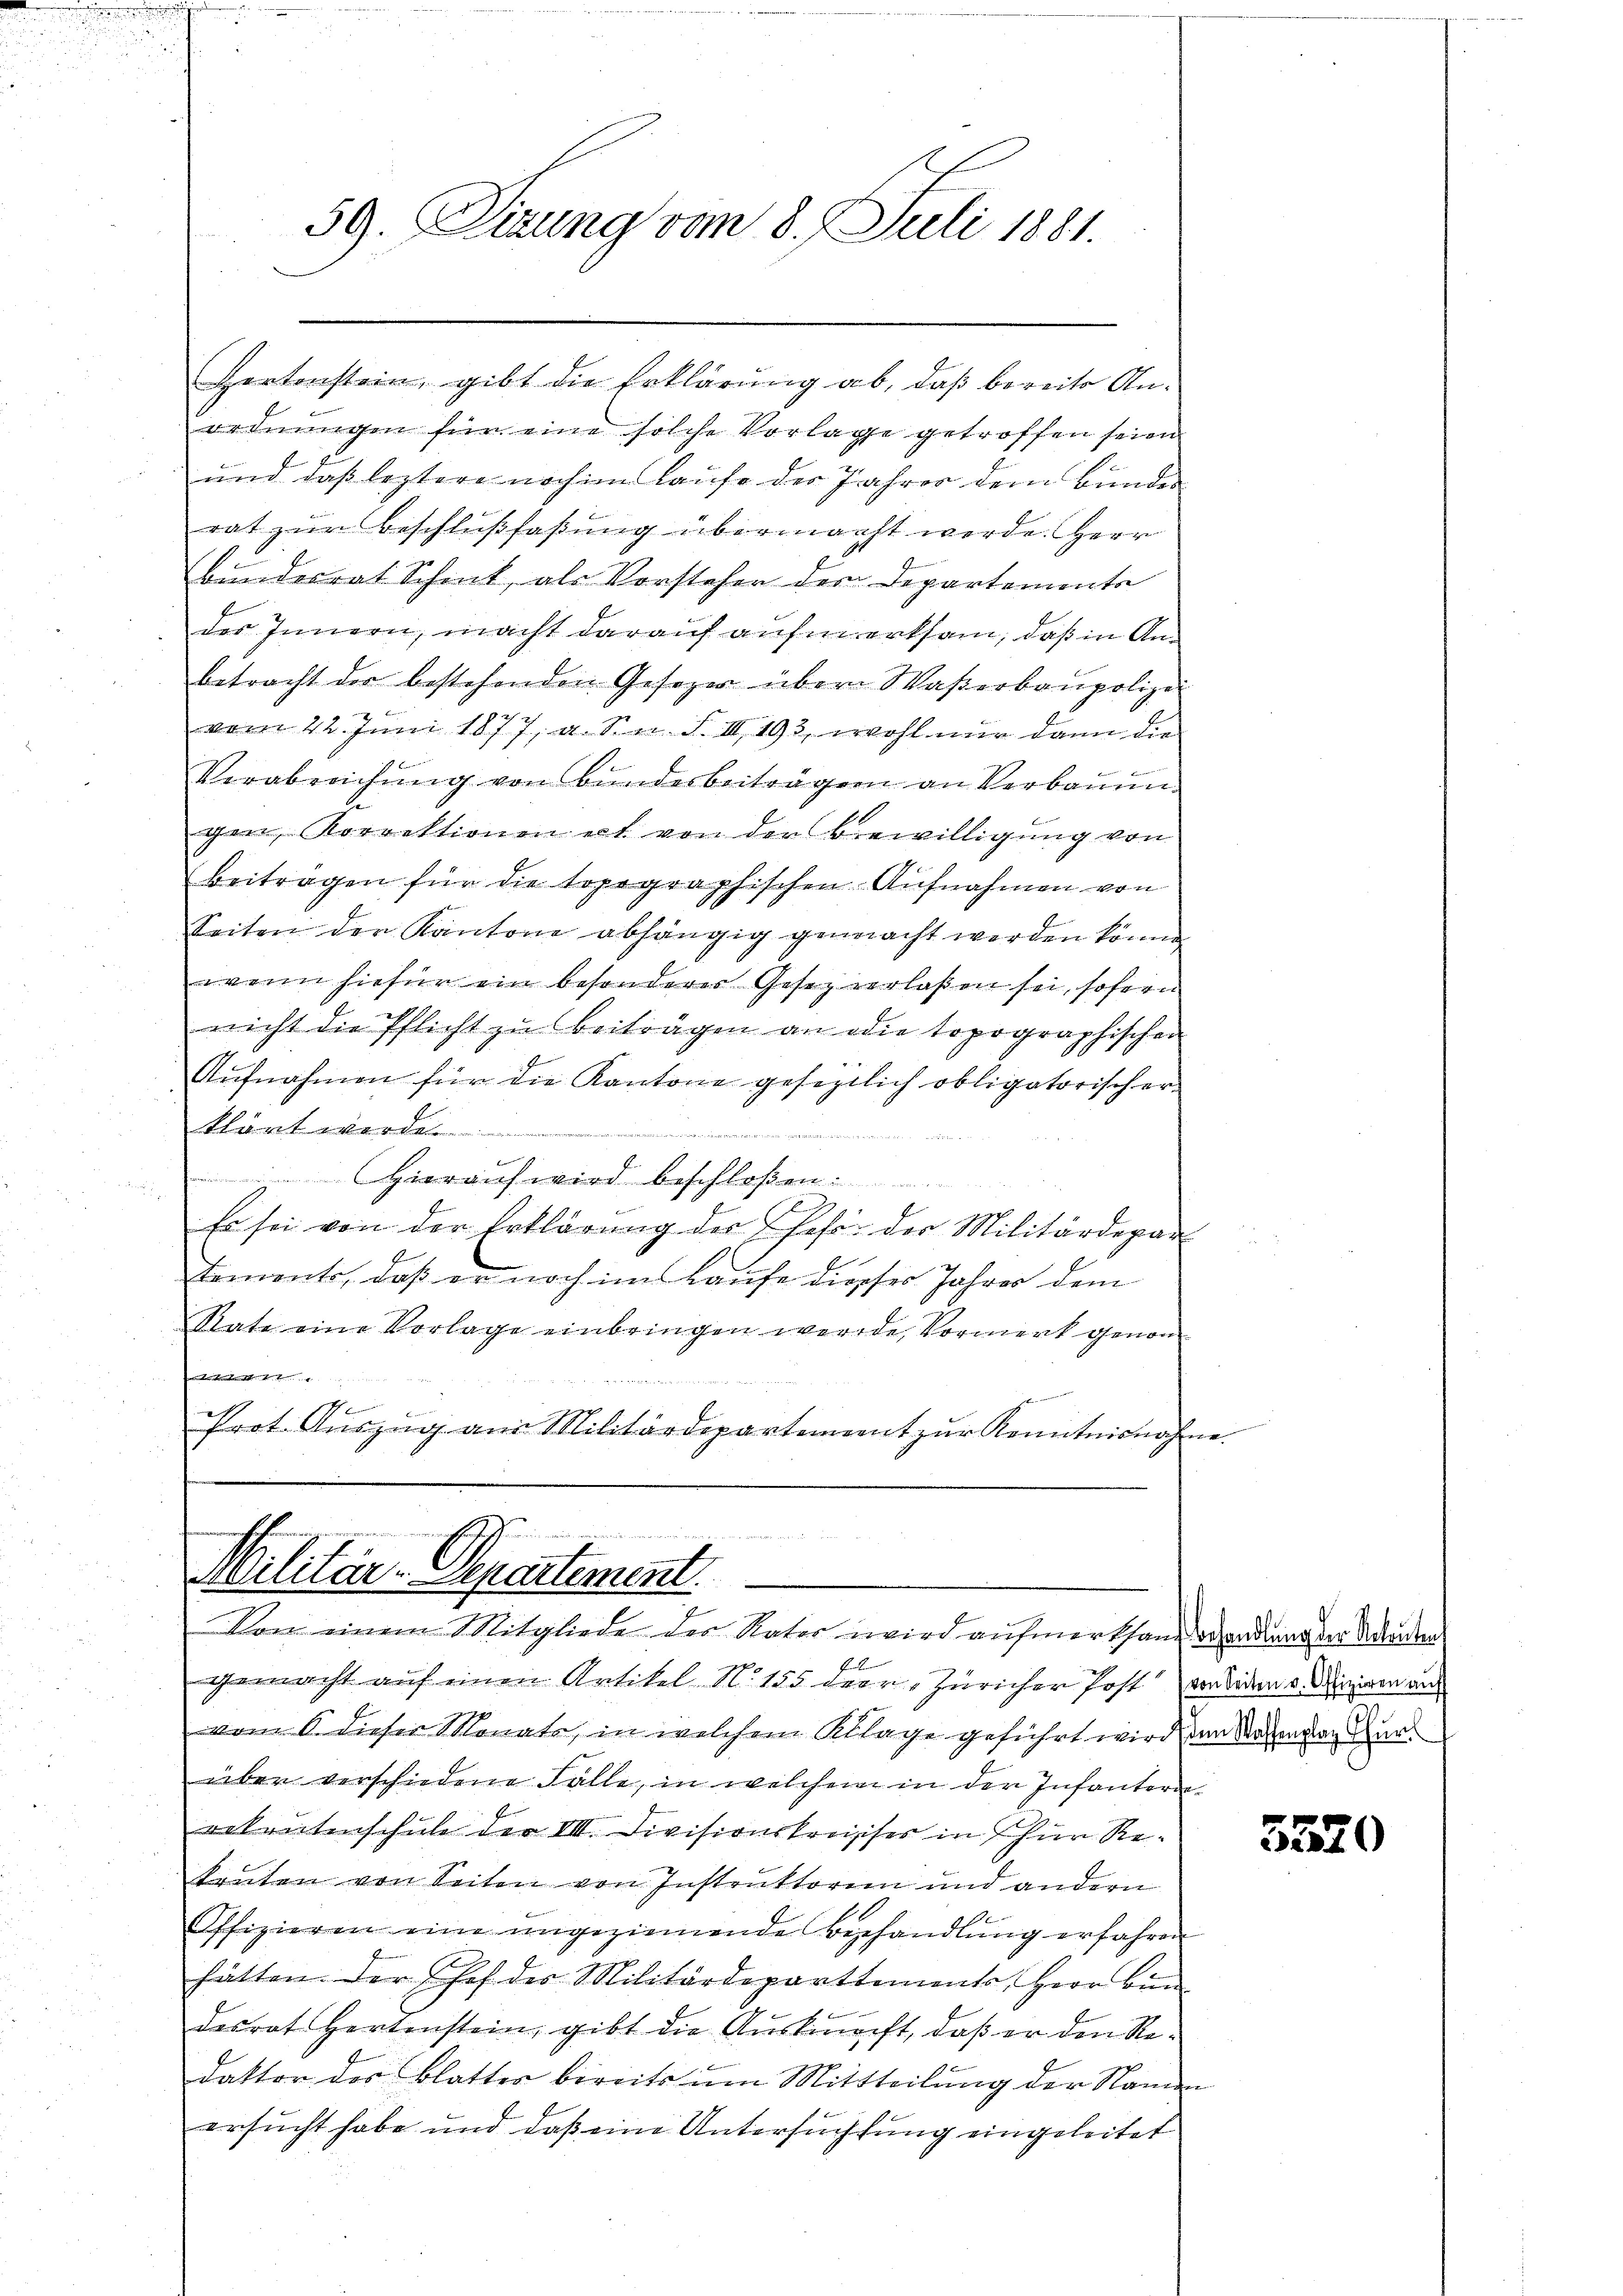
59. Sizung vom 8. Juli 1881.

Hertonstein, gibt die Erklärung ab, daß bereits Anordnungen für eine solche Vorlage getroffen seien
und daß leztere noch im laufe des Jahres dem Bunder
rat zŭr Beschlußfaßung übermacht werde. Herr
Bundesrat Schenk, als Vorstehen der Departemente
des Innern, macht darauf aufmerksam, daß in Anbetracht der bestehenden Gesezer über Waßerbaupolizei
vom 22. Juni 1877, a. Sei. S. III 193, wohl nur dann die
Verabreichŭng von Bŭndesbeiträgern an Verbaŭŭn
gen, Korrektionen ert von der Bewilligŭng von
beitragen für die topographischen Aufnahmen von
Seiten der Kantone abhängig gemacht werden könne.
wenn hiefür ein besonderer Gesez verlaßen sei, sofern
nicht die Pflicht zu beiträgen an die topographischen
Aufnahmen für die Kantone geseztlich obligatorischer
klärt werde.
Hierauf wird beschloßen:

Es sei von der Erklärung der sehr der Militärdepar
Famonts, daß er noch im Laufe diesses Jahres dem
Rate eine Vorlage einbringen werde, Vormerk genom¬
Entstete. Er
n
.
Prot. Aŭszŭg am Militärdepartement zŭr Kenntnisnahme

ener kann e
Militär-Separtement.
Von einem Mitgliede des Nator wird aufmerksam wendung der Aenden

E
gemacht auf einen Artikel N. 155 der Züricher Post vor beden v. Mirieren an
vom 6. dieser Monats, in welchem Klage geführt wird, den Wagen an Gur
über verschiedene Fälle, in welchem in der Infantern-
rekreitenschule der VIII. Divisionskreisises in Chur Rekruten von Seiten von Instruktorem und andern
Offizieren eine ungezimmende Behandlŭng erfahren
hätten. Der Chef des Militärdeparttements, Herr Bün
desrat Hertenstein, gibt die Auskunft, daß er den Redaktor des Blatter bereits um Mittheilung der Name
ersucht habe und daß eine Untersuchtung eingeleitet

5520